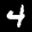
Label: 4